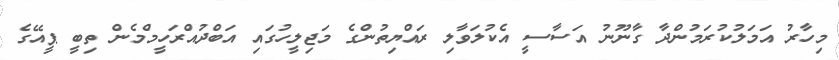
މިހާރު އަމަލުކުރަމުންދާ ގާނޫނު އަސާސީ އެކުލަވާލި ރައްޔިތުންގެ މަޖިލީހުގައި އަބްދުއްރަހީމްމެން ތިބީ ޕީއޭގެ